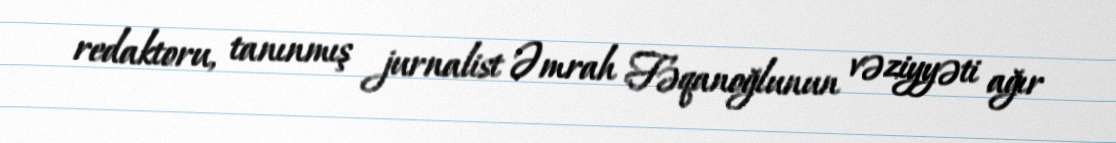
redaktoru, tanınmış jurnalist Əmrah Fəqanoğlunun vəziyyəti ağır